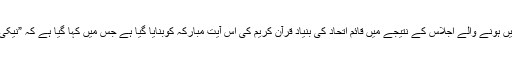
سعودی سرکاری نیوز ایجنسی ”واس” کے مطابق ریاض میں ہونے والے اجلاس کے نتیجے میں قائم اتحاد کی بنیاد قرآن کریم کی اس آیت مبارکہ کوبنایا گیا ہے جس میں کہا گیا ہے کہ ”نیکی اور تقویٰ کے کاموں میں ایک دوسرے کی معاونت کرو”۔